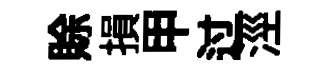
賖損甲过涇